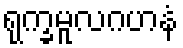
ရုက္ခမူလဂဟနံ